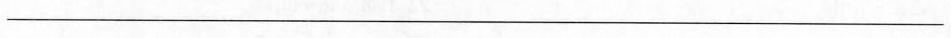
___